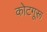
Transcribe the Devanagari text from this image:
कोटगूरू